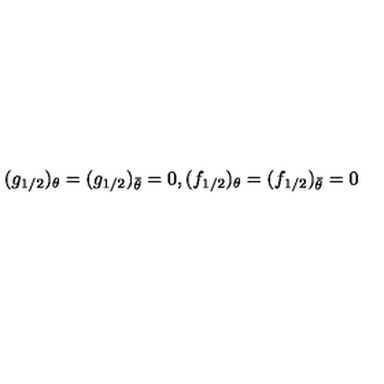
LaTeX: ( g _ { 1 / 2 } ) _ { \theta } = ( g _ { 1 / 2 } ) _ { \bar { \theta } } = 0 , ( f _ { 1 / 2 } ) _ { \theta } = ( f _ { 1 / 2 } ) _ { \bar { \theta } } = 0